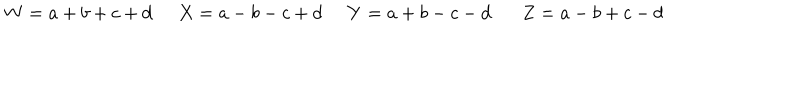
W = a + b + c + d \; \; X = a - b - c + d \; \; Y = a + b - c - d Z = a - b + c - d